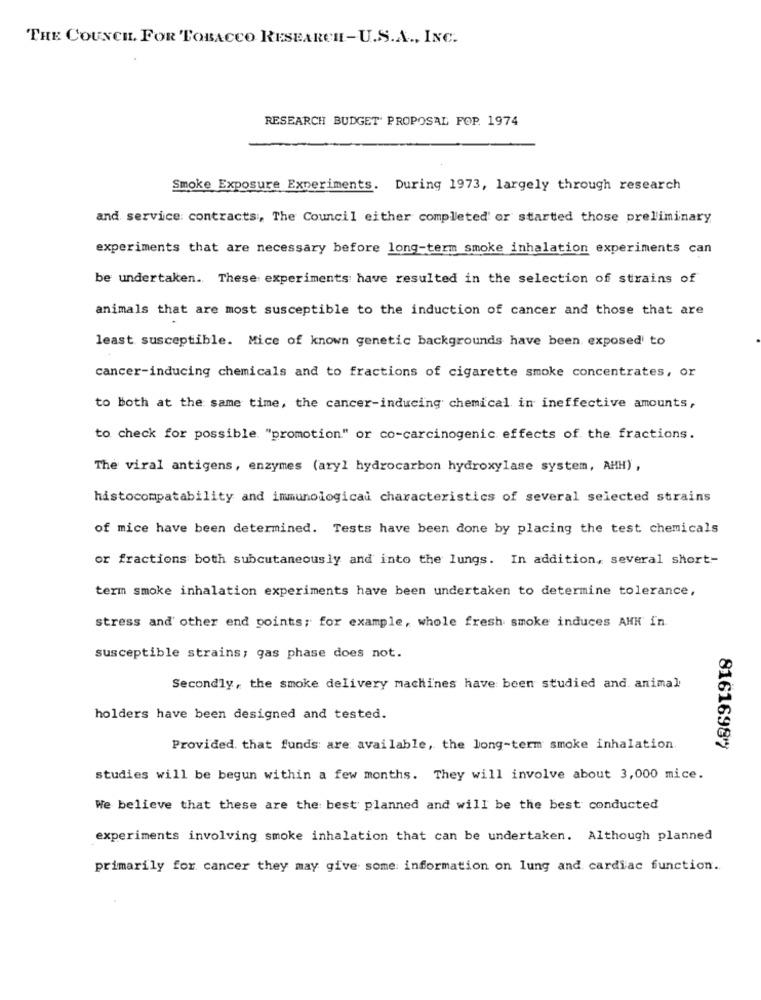
THE COUNCIL. FOR 'TOBACCO RESEARCH-U.S.A ., INC.
RESEARCH BUDGET PROPOSAL FOP. 1974
Smoke Exposure Experiments. During 1973, largely through research
and service contracts, The Council either completed or started those preliminary
experiments that are necessary before long-term smoke inhalation experiments can
be undertaken. These experiments have resulted in the selection of strains of
animals that are most susceptible to the induction of cancer and those that are
least susceptible. Mice of known genetic backgrounds have been exposed to
cancer-inducing chemicals and to fractions of cigarette smoke concentrates, or
to both at the same time, the cancer-inducing chemical in ineffective amounts,
to check for possible "promotion" or co-carcinogenic effects of the fractions.
The viral antigens, enzymes (aryl hydrocarbon hydroxylase system, AHH) ,
histocompatability and immunologicai characteristics of several selected strains
of mice have been determined. Tests have been done by placing the test chemicals
or fractions both subcutaneously and into the lungs. In addition, several short-
term smoke inhalation experiments have been undertaken to determine tolerance,
stress and other end points; for example, whole fresh smoke induces AHK' in.
susceptible strains; gas phase does not.
Secondly, the smoke delivery machines have been studied and animal
holders have been designed and tested.
Provided that funds are available, the long-term smoke inhalation.
81616987
studies will be begun within a few months. They will involve about 3,000 mice.
We believe that these are the best planned and will be the best conducted
experiments involving smoke inhalation that can be undertaken. Although planned
primarily for cancer they may give some information on lung and cardiac function.